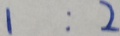
1 : 2